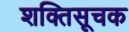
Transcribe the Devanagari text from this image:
शक्तिसूचक